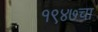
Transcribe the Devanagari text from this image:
१९४७चा